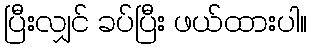
ပြီးလျှင် ခပ်ပြီး ဖယ်ထားပါ။